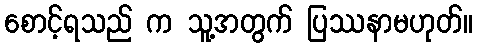
စောင့်ရသည် က သူ့အတွက် ပြဿနာမဟုတ်။